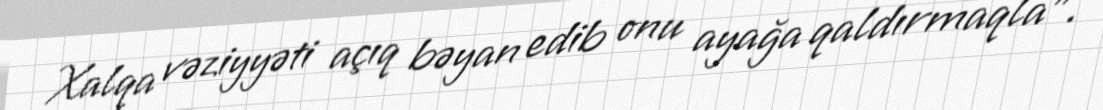
Xalqa vəziyyəti açıq bəyan edib onu ayağa qaldırmaqla”.